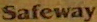
Safeway